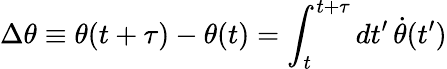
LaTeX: \Delta\theta\equiv\theta(t+\tau)-\theta(t)=\int_{t}^{t+\tau}dt^{\prime}\, \dot{\theta}(t^{\prime})